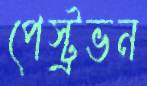
পেস্ট্রভন